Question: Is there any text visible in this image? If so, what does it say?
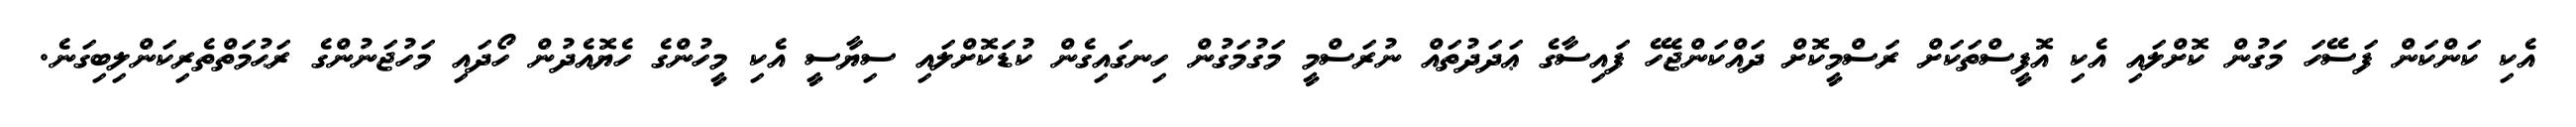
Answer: އެކި ކަންކަން ފަސޭހަ މަގުން ކޮށްލައި އެކި އޮފީސްތަކަށް ރަސްމީކޮށް ދައްކަންޖެހޭ ފައިސާގެ ޢަދަދުތައް ނުރަސްމީ މަގުމަގުން ހިނގައިގެން ކުޑަކޮށްލައި ސިޔާސީ އެކި މީހުންގެ ހެޔޮއެދުން ހޯދައި މަހުޖަނުންގެ ރަޙުމަތްތެރިކަންލިބިގަނެ.